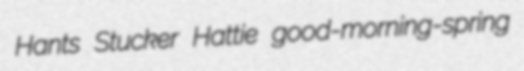
Hants Stucker Hattie good-morning-spring